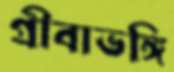
গ্রীবাভঙ্গি